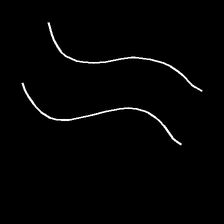
Glyph: float